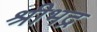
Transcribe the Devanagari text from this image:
श्रीभद्र